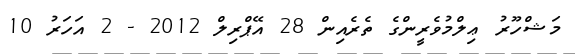
މަޝްހޫރު ޢިލްމުވެރީންގެ ތެރެއިން 28 އޭޕްރިލް 2012 - 2 އަހަރު 10